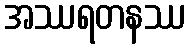
အဿရတနဿ